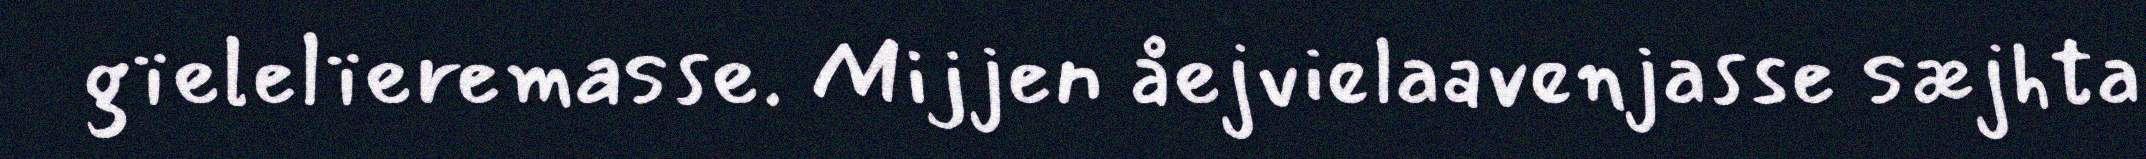
gïelelïeremasse. Mijjen åejvielaavenjasse sæjhta